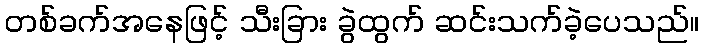
တစ်ခက်အနေဖြင့် သီးခြား ခွဲထွက် ဆင်းသက်ခဲ့ပေသည်။